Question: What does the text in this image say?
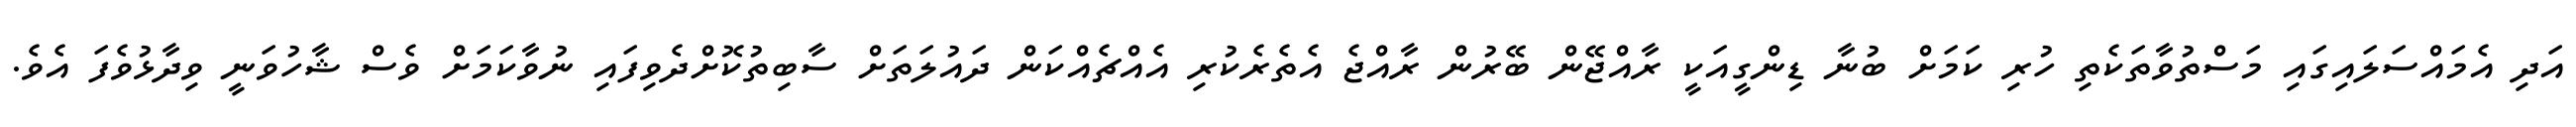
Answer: އަދި އެމައްސަލައިގައި މަސްތުވާތަކެތި ހުރި ކަމަށް ބުނާ ޑިންގީއަކީ ރާއްޖޭން ބޭރުން ރާއްޖެ އެތެރެކުރި އެއްޗެއްކަން ދައުލަތަށް ސާބިތުކޮށްދެވިފައި ނުވާކަމަށް ވެސް ޝާހުވަނީ ވިދާޅުވެފަ އެވެ.